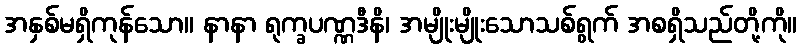
အနှစ်မရှိကုန်သော။ နာနာ ရုက္ခပဏ္ဏဒီနိ၊ အမျိုးမျိုးသောသစ်ရွက် အစရှိသည်တို့ကို။